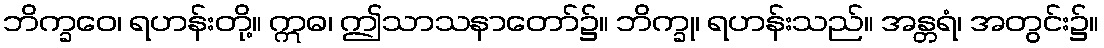
ဘိက္ခဝေ၊ ရဟန်းတို့။ ဣဓ၊ ဤသာသနာတော်၌။ ဘိက္ခု၊ ရဟန်းသည်။ အန္တရံ၊ အတွင်း၌။